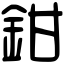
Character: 鉗